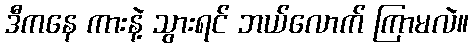
ဒီကနေ ကားနဲ့ သွားရင် ဘယ်လောက် ကြာမလဲ။